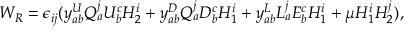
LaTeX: W _ { R } = \epsilon _ { i j } ( y _ { a b } ^ { U } Q _ { a } ^ { j } U _ { b } ^ { c } H _ { 2 } ^ { i } + y _ { a b } ^ { D } Q _ { a } ^ { j } D _ { b } ^ { c } H _ { 1 } ^ { i } + y _ { a b } ^ { L } L _ { a } ^ { j } E _ { b } ^ { c } H _ { 1 } ^ { i } + \mu H _ { 1 } ^ { i } H _ { 2 } ^ { j } ) ,